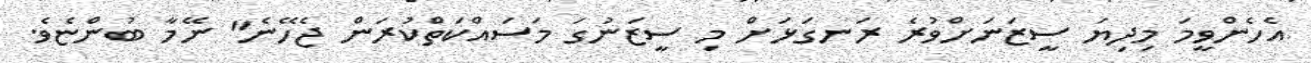
އެހެންވީމަ މިދިޔަ ސީޒަނަށްވުރެ ރަނގަޅަށް މި ސީޒަނުގަ މަސައްކަތްކުރަން ޖެހޭނެ" ނޭމާ ބުންޏެވެ.